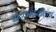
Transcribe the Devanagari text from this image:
नाटकमंडळीच्या